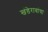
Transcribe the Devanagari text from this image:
खंडेरावांचा